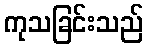
ကုသခြင်းသည်